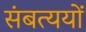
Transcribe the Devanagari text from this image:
संबत्ययों